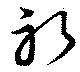
祈